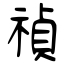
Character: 禎